Report of the Indian Hemp Drugs Commission, 1894-1895 - Volume V
Year: 1894
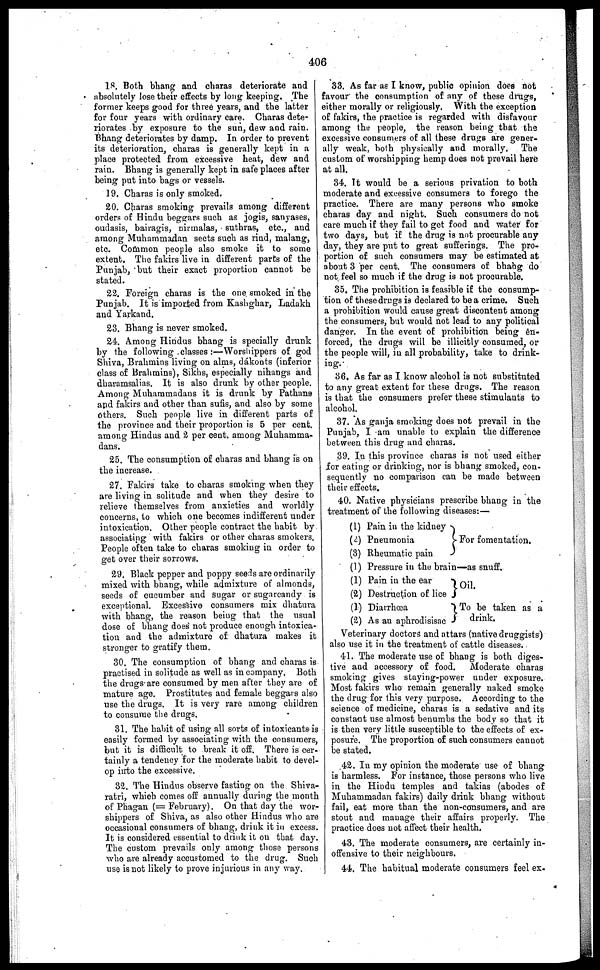
406
18. Both bhang and charas deteriorate and
absolutely lose their effects by long keeping. The
former keeps good for three years, and the latter
for four years with ordinary care. Charas dete-
riorates by exposure to the sun, dew and rain.
Bhang deteriorates by damp. In order to prevent
its deterioration, charas is generally kept in a
place protected from excessive heat, dew and
rain. Bhang is generally kept in safe places after
being put into bags or vessels.
19. Charas is only smoked.
20. Charas smoking prevails among different
orders of Hindu beggars such as jogis, sanyases,
oudasis, bairagis, nirmalas, suthras, etc., and
among Muhammadan sects such as rind, malang,
etc. Common people also smoke it to some
extent. The fakirs live in different parts of the
Punjab, but their exact proportion cannot be
stated.
22. Foreign charas is the one smoked in the
Punjab. It is imported from Kashghar, Ladakh
and Yarkand.
23. Bhang is never smoked.
24. Among Hindus bhang is specially drunk
by the following classes:—Worshippers of god
Shiva, Brahmins living on alms, dákonts (inferior
class of Brahmins), Sikhs, especially nihangs and
dharamsalias. It is also drunk by other people.
Among Muhammadans it is drunk by Pathans
and fakirs and other than sufis, and also by some
Others. Such people live in different parts of
the province and their proportion is 5 per cent.
among Hindus and 2 per cent. among Muhamma-
dans.
25. The consumption of charas and bhang is on
the increase.
27. Fakirs take to charas smoking when they
are living in solitude and when they desire to
relieve themselves from anxieties and worldly
concerns, to which one becomes indifferent under
intoxication. Other people contract the habit by
associating with fakirs or other charas smokers.
People often take to charas smoking in order to
get over their sorrows.
29. Black pepper and poppy seeds are ordinarily
mixed with bhang, while admixture of almonds,
seeds of cucumber and sugar or sugarcandy is
exceptional. Excessive consumers mix dhatura
with bhang, the reason being that the usual
dose of bhang does" not produce enough intoxica-
tion and the admixture of dhatura makes it
stronger to gratify them.
30. The consumption of bhang and charas is
practised in solitude as well as in company. Both
the drugs are consumed by men after they are of
mature age. Prostitutes and female beggars also
use the drugs. It is very rare among children
to consume the drugs.
31. The habit of using all sorts of intoxicants is
easily formed by associating with the consumers,
but it is difficult to break it off. There is cer-
tainly a tendency for the moderate habit to devel-
op into the excessive.
32. The Hindus observe fasting on the Shiva-
ratri, which comes off annually during the month
of Phagan (= February). On that day the wor-
shippers of Shiva, as also other Hindus who are
occasional consumers of bhang, drink it in excess.
It is considered essential to drink it on that day.
The custom prevails only among those persons
who are already accustomed to the drug. Such
use is not likely to prove injurious in any way.
33. As far as I know, public opinion does not
favour the consumption of any of these drugs,
either morally or religiously. With the exception
of fakirs, the practice is regarded with disfavour
among the people, the reason being that the
excessive consumers of all these drugs are gener-
ally weak, both physically and morally. The
custom of worshipping hemp does not prevail here
at all.
34. It would he a serious privation to both
moderate and excessive consumers to forego the
practice. There are many persons who smoke
charas day and night. Such consumers do not
care much if they fail to get food and water for
two days, but if the drug is not procurable any
day, they are put to great sufferings. The pro-
portion of such consumers may be estimated at
about 3 per cent. The consumers of bhang do
not feel so much if the drug is not procurable.
35. The prohibition is feasible if the consump-
tion of these drugs is declared to be a crime. Such
a prohibition would cause great discontent among
the consumers, but would not lead to any political
danger. In the event of prohibition being en-
forced, the drugs will be illicitly consumed, or
the people will, in all probability, take to drink-
ing.
36. As far as I know alcohol is not substituted
to any great extent for these drugs. The reason
is that the consumers prefer these stimulants to
alcohol.
37. As ganja smoking does not prevail in the
Punjab, I am unable to explain the difference
between this drug and charas.
39. In this province charas is not used either
for eating or drinking, nor is bhang smoked, con-
sequently no comparison can be made between
their effects.
40. Native physicians prescribe bhang in the
treatment of the following diseases:—
(1)
(2)
(3)
(1)
(1)
(2)
(1)
(2)
Pain in the kidney
Pneumonia
Rheumatic pain
For fomentation.
Pressure in the brain—as snuff.
Pain in the ear
Destruction of lice
Diarrhœa
As an aphrodisisac
Oil.
To be taken as a
drink.
Veterinary doctors and attars (native druggists)
also use it in the treatment of cattle diseases.
41. The moderate use of bhang is both diges-
tive and accessory of food.
Moderate charas
smoking gives staying-power under exposure.
Most fakirs who remain generally naked smoke
the drug for this very purpose. According to the
science of medicine, charas is a sedative and its
constant use almost benumbs the body so that it
is then very little susceptible to the effects of ex-
posure. The proportion of such consumers cannot
be stated.
42. In my opinion the moderate use of bhang
is harmless. For instance, those persons who live
in the Hindu temples and takias (abodes of
Muhammadan fakirs) daily drink bhang without
fail, eat more than the non-consumers, and are
stout and manage their affairs properly. The
practice does not affect their health.
43. The moderate consumers, are certainly in-
offensive to their neighbours.
44. The habitual moderate consumers feel ex.